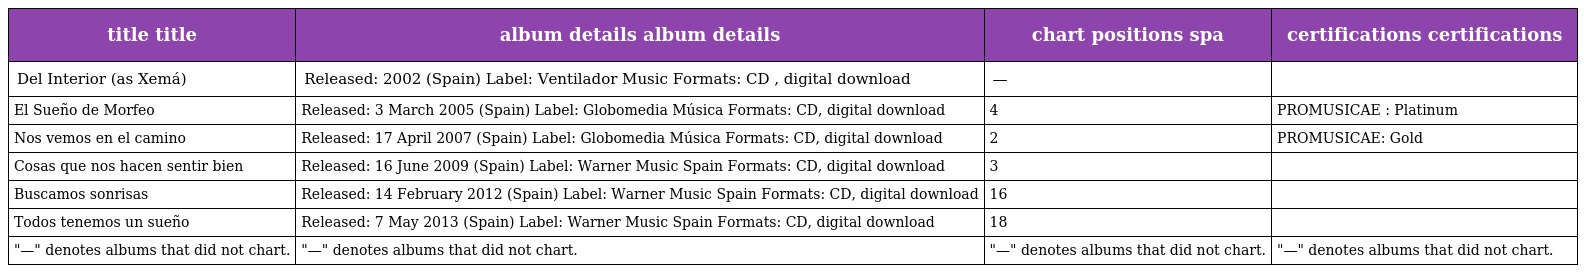
| title title | album details album details | chart positions spa | certifications certifications |
 | --- | --- | --- | --- |
 | Del Interior (as Xemá) | Released: 2002 (Spain) Label: Ventilador Music Formats: CD , digital download | — |  |
 | El Sueño de Morfeo | Released: 3 March 2005 (Spain) Label: Globomedia Música Formats: CD, digital download | 4 | PROMUSICAE : Platinum |
 | Nos vemos en el camino | Released: 17 April 2007 (Spain) Label: Globomedia Música Formats: CD, digital download | 2 | PROMUSICAE: Gold |
 | Cosas que nos hacen sentir bien | Released: 16 June 2009 (Spain) Label: Warner Music Spain Formats: CD, digital download | 3 |  |
 | Buscamos sonrisas | Released: 14 February 2012 (Spain) Label: Warner Music Spain Formats: CD, digital download | 16 |  |
 | Todos tenemos un sueño | Released: 7 May 2013 (Spain) Label: Warner Music Spain Formats: CD, digital download | 18 |  |
 | "—" denotes albums that did not chart. | "—" denotes albums that did not chart. | "—" denotes albums that did not chart. | "—" denotes albums that did not chart. |